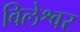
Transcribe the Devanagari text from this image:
विलेश्वर